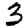
Digit: 3